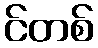
င်တစ်